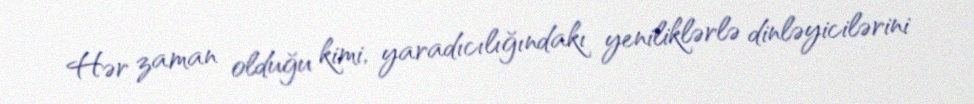
Hər zaman olduğu kimi, yaradıcılığındakı yeniliklərlə dinləyicilərini